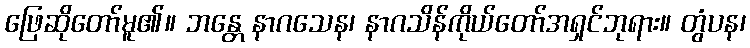
ဖြေဆိုတော်မူ၏။ ဘန္တေ နာဂသေန၊ နာဂသိန်ကိုယ်တော်အရှင်ဘုရား။ တွံပန၊